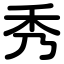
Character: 秀